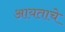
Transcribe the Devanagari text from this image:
आयताचे